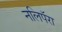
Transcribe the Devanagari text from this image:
नलिपॅरा